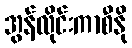
အွန်လိုင်းကာစီနို